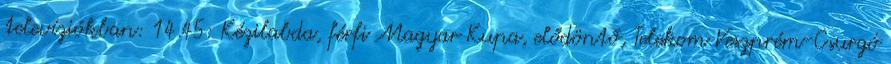
televíziókban: 14.45: Kézilabda, férfi Magyar Kupa, elődöntő, Telekom Veszprém-Csurgó